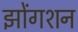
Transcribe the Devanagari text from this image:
झोंगशन